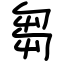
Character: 芻